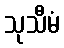
သုသီမံ